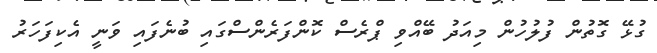
ގުޅޭ ގޮތުން ފުލުހުން މިއަދު ބޭއްވި ޕްރެސް ކޮންފަރެންސްގައި ބުނެފައި ވަނީ އެކިފަހަރު